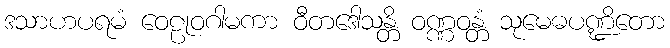
ဒသာဟပရမံ ဝေဠုဝဂါမကာ ဝီတဒေါသန္တိ ဝဏ္ဏဝန္တံ သုမေဓပဏ္ဍိတော